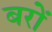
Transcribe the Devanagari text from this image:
बरों